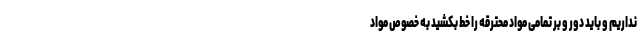
نداریم و باید دور و بر تمامی مواد محترقه را خط بکشید به خصوص مواد